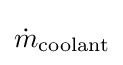
{\dot {m}}_{\text{coolant}}